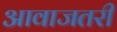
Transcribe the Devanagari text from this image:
आवाजतरी